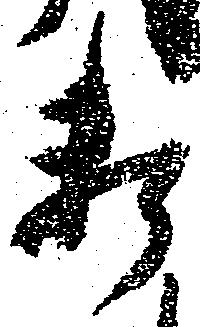
料